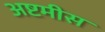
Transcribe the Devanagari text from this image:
अष्टमीस